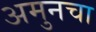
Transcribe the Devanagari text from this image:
अमुनचा